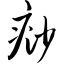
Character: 痧